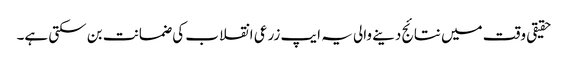
حقیقی وقت میں نتائج دینے والی یہ ایپ زرعی انقلاب کی ضمانت بن سکتی ہے۔